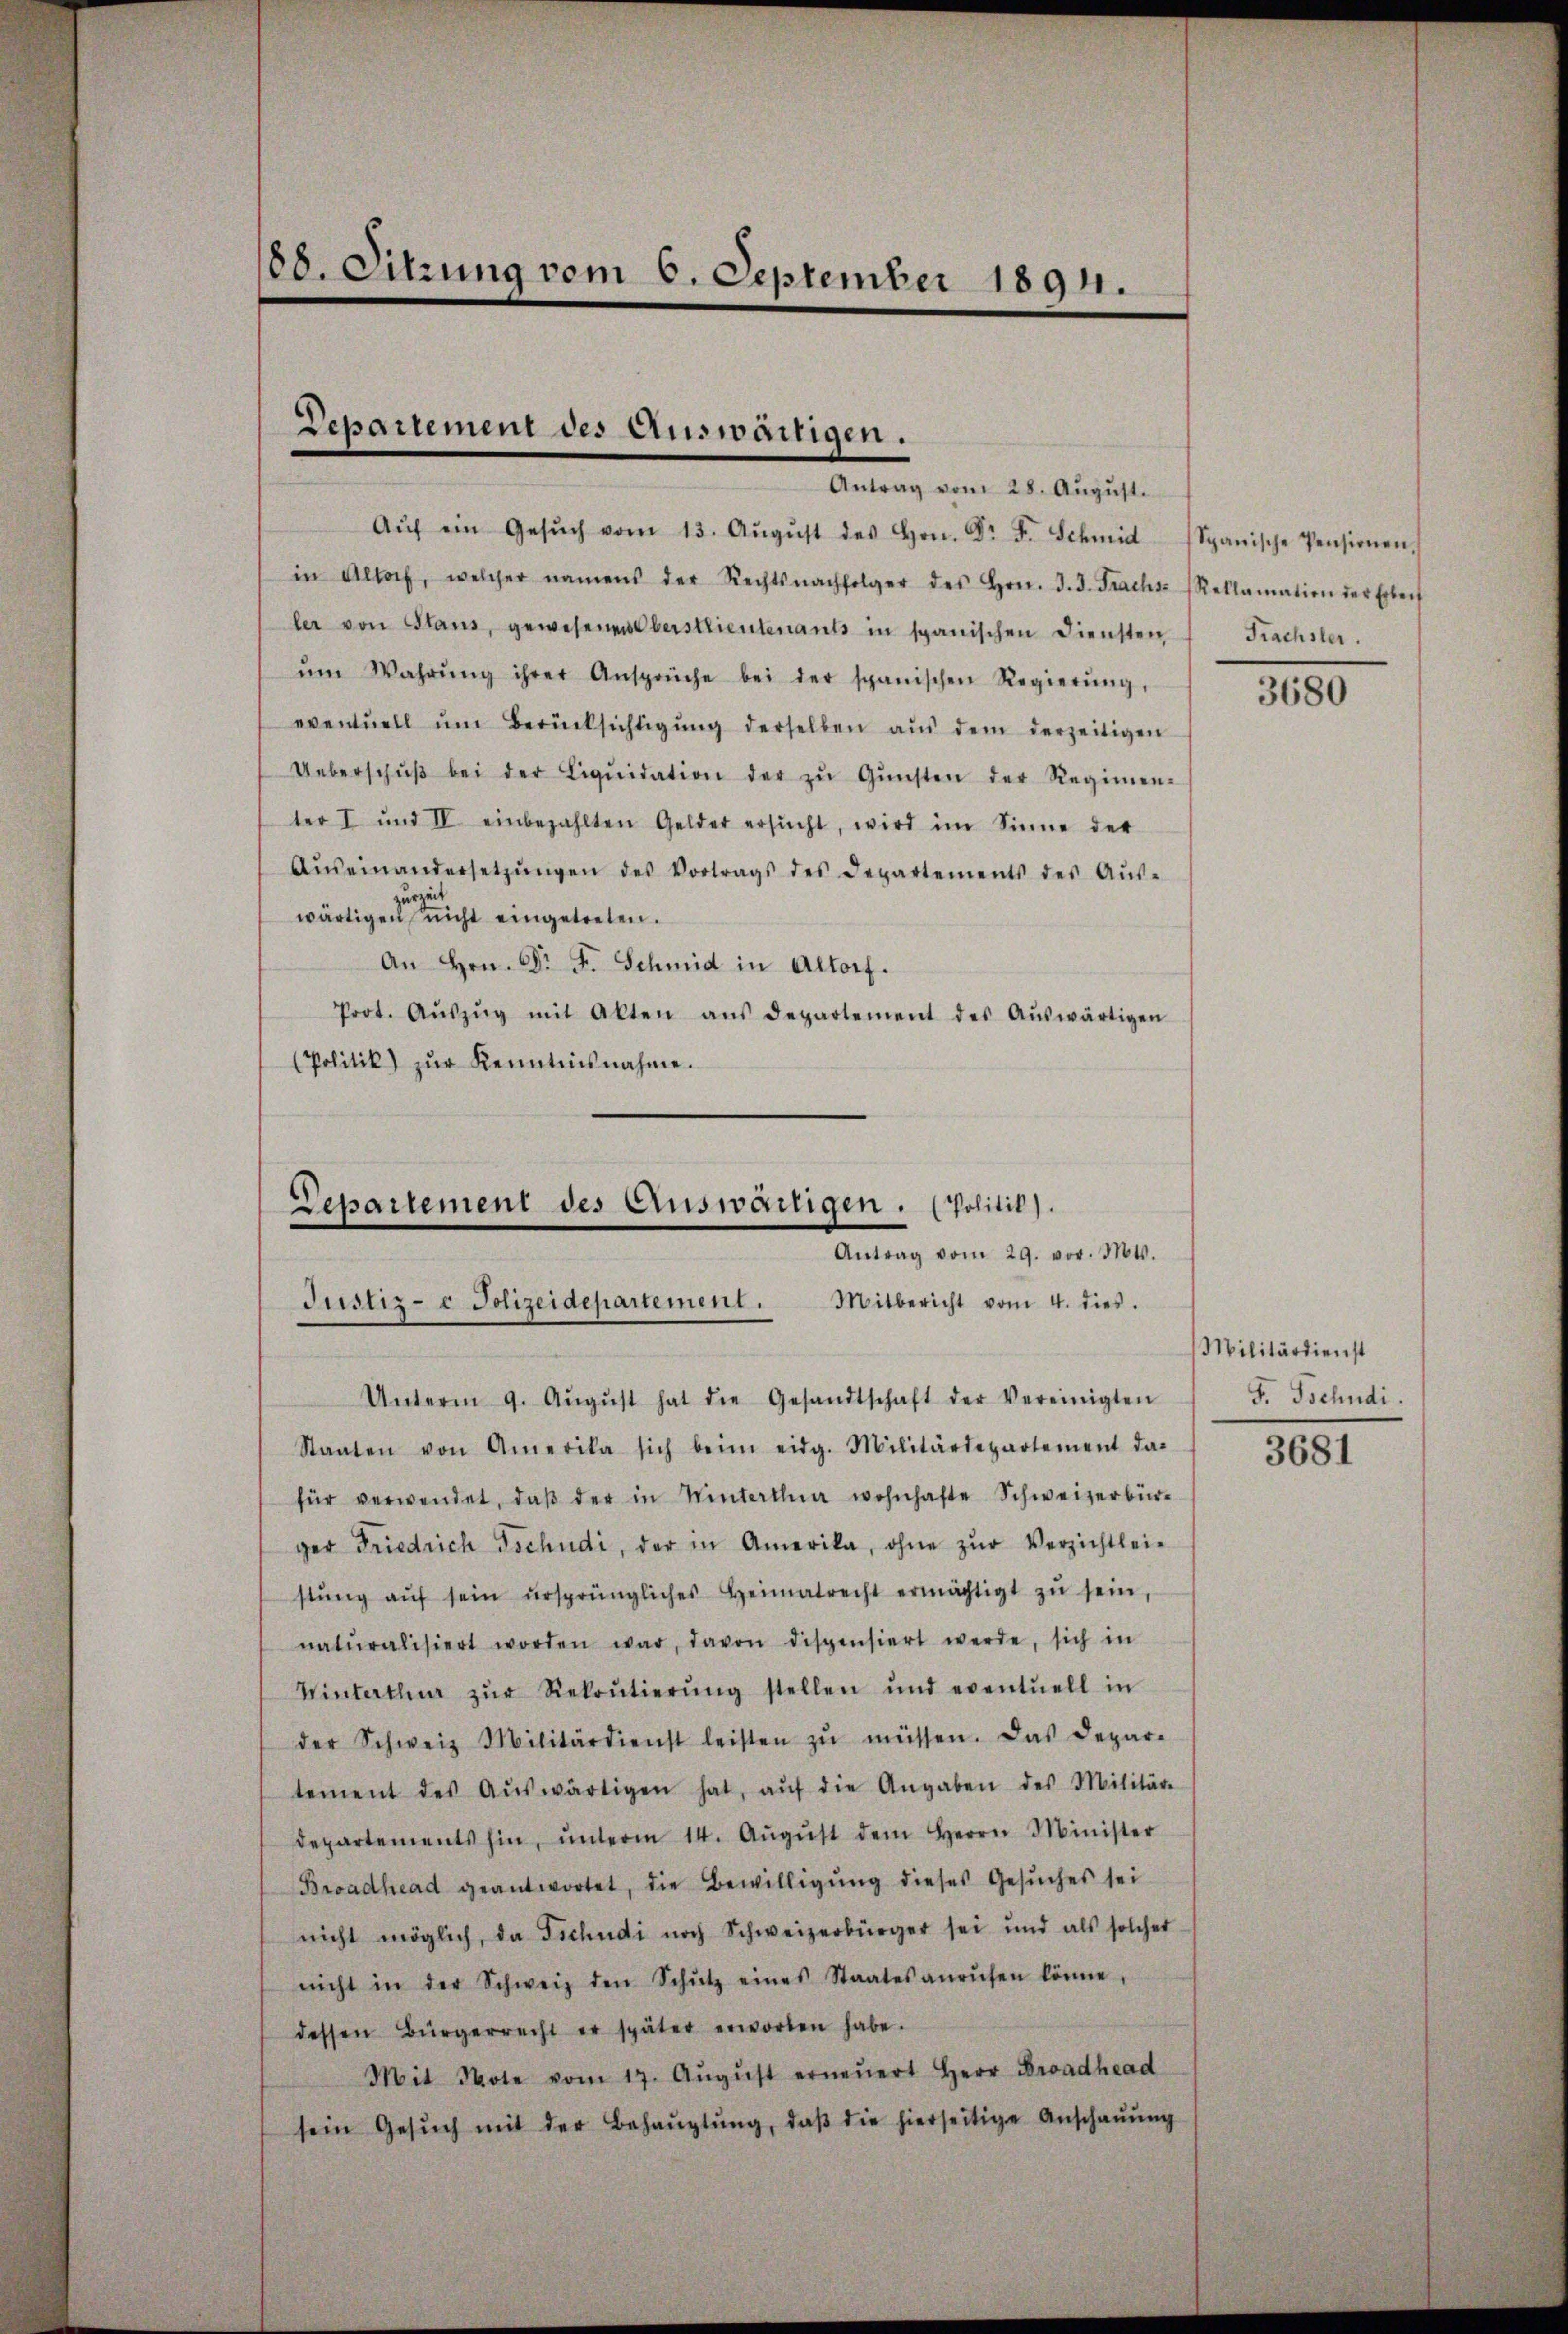
88. Sitzung vom 6. September 1894.

Departement des Auswärtigen.
Antrag vom 28. Aŭgŭst.

Aŭf ein Gesŭch vom 13. Aŭgŭst des Hrn. Dr. F. Schmid Spanische Pensionen,
in Altorf, welcher namens der Rechtsnachfolger des Hrn. J. J. Fracht Reklamation der Erbeit
ler von Plans, gewesenen beistlieutenants in spanischen Diensten
ŭm Wahrŭng ihrer Ansprüche bei der spanischen Regierŭng,
eventuell ŭm Berücksichtigŭng derselben aŭs dem derzeitigen
Ueberschŭβ bei der Liqŭidation der zŭ Gŭnsten der Regimen-
ter I und IV einbezahlten Gelder ersŭcht, wird im Sinne der
Aŭseinandersetzŭngen des Vortrags des Departements des Aŭs-
zurzeit
wärtigen nicht eingetreten.
An Hrn. Dr. F. Schmid in Altorf.
Prot. Aŭszŭg mit Akten aŭs departement des Aŭswärtigen
(Politik) zŭr Kenntnisnahme.

Departement des Auswärtigen. (Politik).
Antrag vom 29. vor. Mts.
Justiz- & Polizeidepartement. Mitbericht vom 4. dies.

Unterm 9. Aŭgŭst hat die Gesandtschaft der Vereinigten
Staaten von Amerika sich beim eidg. Militärdepartement das
für verwendet, daβ der in Wintertha wohnhafte Schweizerbür-
ger Friedrich Tschudi, der in Amerika, ohne zŭr Verzichtlei-
stŭng aŭf sein ursprüngliches Heimatrecht ermächtigt zŭ sein,
naturalisiert worden war, davon dispensiert werde, sich in
Winterthur zŭr Rekoŭtierŭng stellen und eventuell in
der Schweiz Militärdienst leisten zŭ müssen. Das Depar-
tement des Aŭswärtigen hat, aŭf die Angaben des Militär-
departements hin, ŭnterm 14. Aŭgŭst dem Herrn Minister
Broadhead geantwortet, die Bewilligŭng dieses Gesŭches sei
nicht möglich, da Tschudi noch Schweizerbürger sei und als solcher
nicht in der Schweiz den Schŭtz eines Staates anrufen könne.
dessen Bürgerrecht er später erworben habe.
Mit Note vom 17. Aŭgŭst erneŭert Herr Broadhead
sein Gesŭch mit der Behaŭptŭng, daβ die hierseitige Anschaŭŭng

Frachster.

3680

Militärdienst
F. Tschudi.

3681